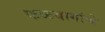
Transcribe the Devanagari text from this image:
फळबागांचे